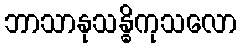
ဘာသာနုသန္ဓိကုသလော